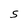
Character: S